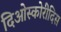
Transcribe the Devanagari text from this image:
दिओस्कोरीदिस